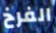
الفرخ